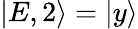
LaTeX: |E,2\rangle=|y\rangle